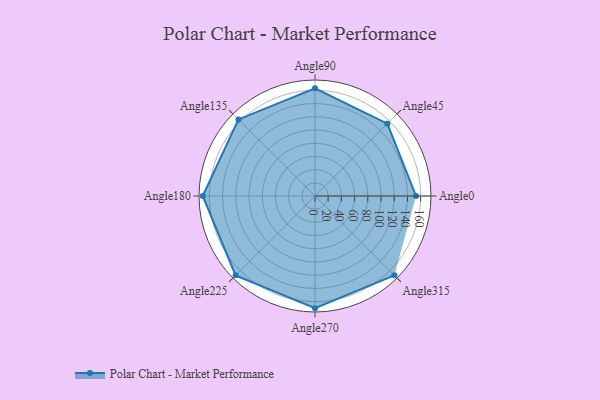
{"axis": {"x": "Angle", "y": "Radius"}, "legend": [""], "data": [{"x": "Angle0", "y": 153.0, "type": ""}, {"x": "Angle45", "y": 155.0, "type": ""}, {"x": "Angle90", "y": 163.0, "type": ""}, {"x": "Angle135", "y": 164.0, "type": ""}, {"x": "Angle180", "y": 170, "type": ""}, {"x": "Angle225", "y": 170, "type": ""}, {"x": "Angle270", "y": 170, "type": ""}, {"x": "Angle315", "y": 170, "type": ""}]}